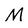
Character: M